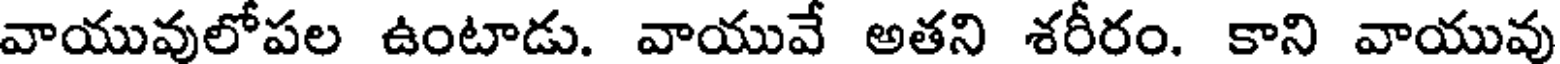
వాయువులోపల ఉంటాడు. వాయువే అతని శరీరం. కాని వాయువు